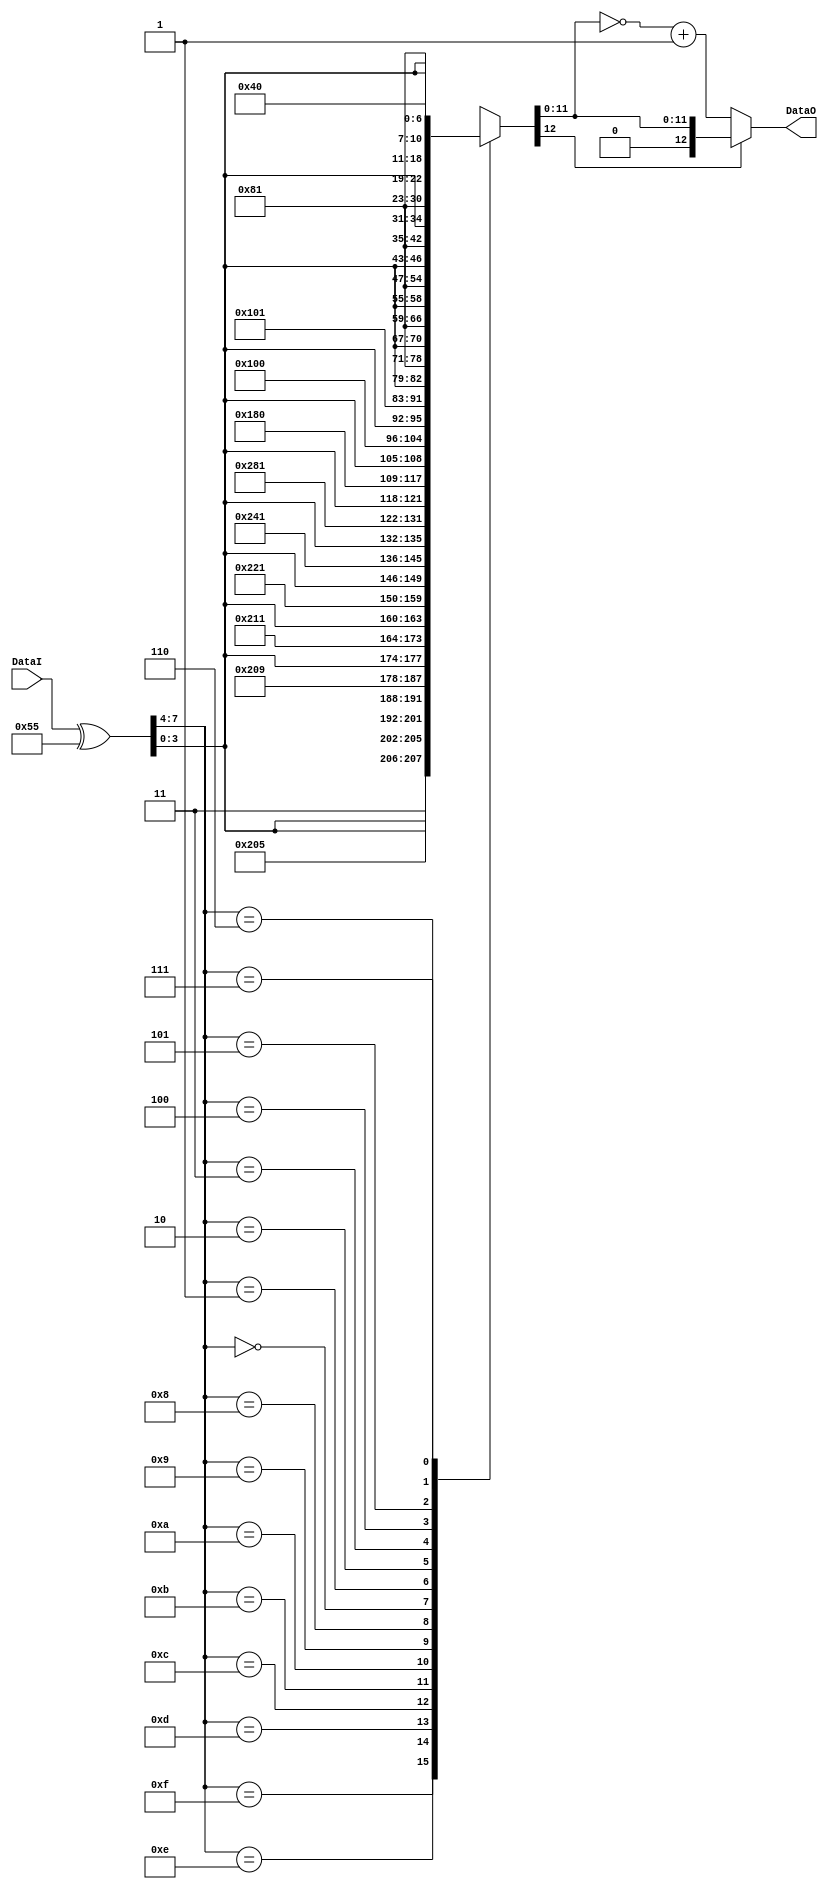
module ALAW2LIN       (	DataI, DataO );

   input  [07:00]    	DataI;				// data input - A-law

   output [12:00]	DataO;				// data output - linear 2's complement


// *******************************************************************************************************
// **   DECLARATIONS                                                            			**
// *******************************************************************************************************

   wire [07:00]		DataI_N;			// alternating bit-wise inverted input
   wire	[12:00]		DataO;				// linear data output - 2's complement

   reg	[12:00]		LinearData;			// linear data - unsigned


// *******************************************************************************************************
// **   FORMAT CONVERSION										**
// *******************************************************************************************************
// -------------------------------------------------------------------------------------------------------
//      1.01:  A-Law Input Inversion
// -------------------------------------------------------------------------------------------------------

   assign DataI_N = DataI ^ 8'h55;

// -------------------------------------------------------------------------------------------------------
//      1.02:  A-Law to Linear Table
// -------------------------------------------------------------------------------------------------------

   always @(DataI_N) begin
      casex(DataI_N) 
         8'b1111xxxx :	LinearData = {2'b11,DataI_N[03:00],7'b1000000};	// + full scale
         8'b1110xxxx :	LinearData = {3'b101,DataI_N[03:00],6'b100000};
         8'b1101xxxx :	LinearData = {4'b1001,DataI_N[03:00],5'b10000};
         8'b1100xxxx :	LinearData = {5'b10001,DataI_N[03:00],4'b1000};
         8'b1011xxxx :	LinearData = {6'b100001,DataI_N[03:00],3'b100};
         8'b1010xxxx :	LinearData = {7'b1000001,DataI_N[03:00],2'b10};
         8'b1001xxxx :	LinearData = {8'b10000001,DataI_N[03:00],1'b1};
         8'b1000xxxx :	LinearData = {8'b10000000,DataI_N[03:00],1'b1};	// + zero

         8'b0000xxxx :	LinearData = {8'b00000000,DataI_N[03:00],1'b1};	// - zero
         8'b0001xxxx :	LinearData = {8'b00000001,DataI_N[03:00],1'b1};
         8'b0010xxxx :	LinearData = {7'b0000001,DataI_N[03:00],2'b10};
         8'b0011xxxx :	LinearData = {6'b000001,DataI_N[03:00],3'b100};
         8'b0100xxxx :	LinearData = {5'b00001,DataI_N[03:00],4'b1000};
         8'b0101xxxx :	LinearData = {4'b0001,DataI_N[03:00],5'b10000};
         8'b0110xxxx :	LinearData = {3'b001,DataI_N[03:00],6'b100000};
         8'b0111xxxx :	LinearData = {2'b01,DataI_N[03:00],7'b1000000};	// - full scale
      endcase
   end

// -------------------------------------------------------------------------------------------------------
//      1.03:  Linear 2's Complement
// -------------------------------------------------------------------------------------------------------

   assign DataO = LinearData[12] ? {1'b0,LinearData[11:00]} : {1'b1,(~LinearData[11:00] + 1)};

endmodule